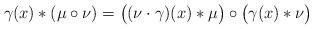
LaTeX: \begin{align*}\gamma(x) * (\mu \circ \nu) = \big((\nu \cdot \gamma)(x) * \mu\big) \circ \big(\gamma(x) * \nu\big)\end{align*}